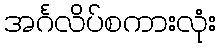
အင်္ဂလိပ်စကားလုံး